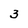
Character: 3